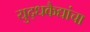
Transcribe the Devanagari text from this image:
युद्धकैद्यांचा